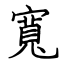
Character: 寬